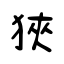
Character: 狹